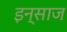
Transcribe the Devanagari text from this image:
इन्साज